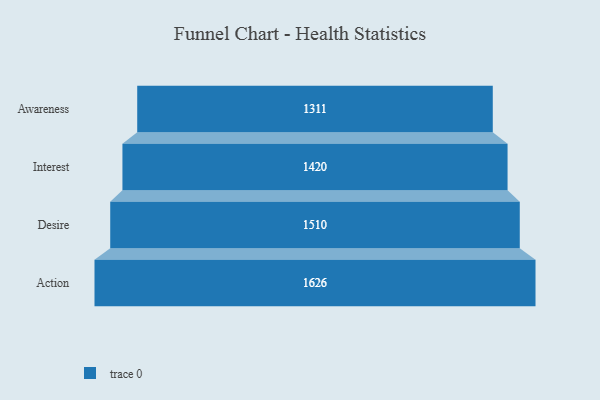
{"axis": {"x": "Stage", "y": "Value"}, "legend": [""], "data": [{"x": "Awareness", "y": 1311.0, "type": ""}, {"x": "Interest", "y": 1420.0, "type": ""}, {"x": "Desire", "y": 1510.0, "type": ""}, {"x": "Action", "y": 1626.0, "type": ""}]}